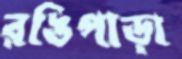
রঙিপাড়া